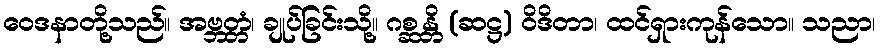
ဝေဒနာတို့သည်။ အဗ္ဘတ္တံ၊ ချုပ်ခြင်းသို့။ ဂစ္ဆန္တိ (ဆဋ္ဌ) ဝိဒိတာ၊ ထင်ရှားကုန်သော။ သညာ၊